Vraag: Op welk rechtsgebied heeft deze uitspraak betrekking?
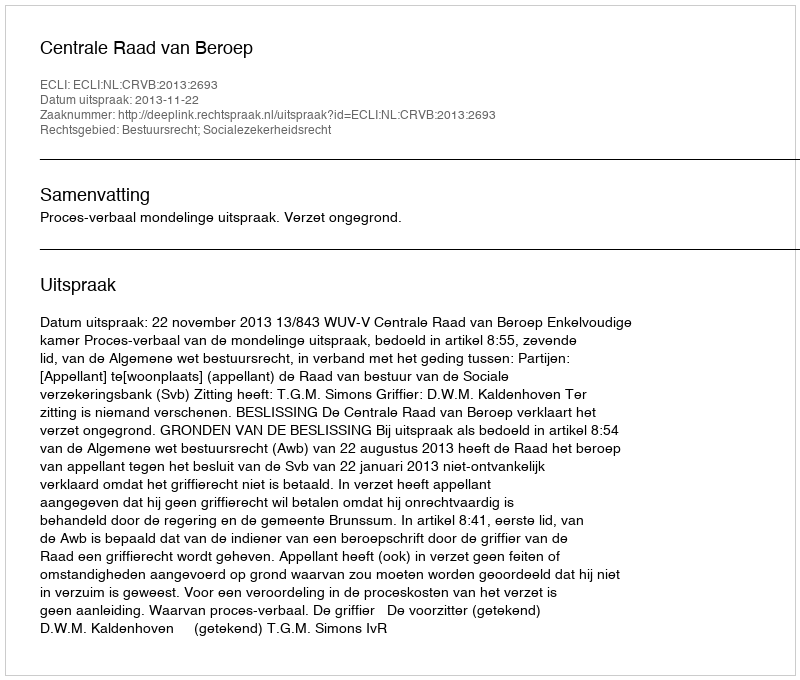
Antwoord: Bestuursrecht; Socialezekerheidsrecht